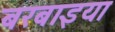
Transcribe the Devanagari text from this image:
बरबाइया